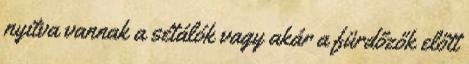
nyitva vannak a sétálók vagy akár a fürdőzők előtt